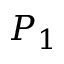
P _ { 1 }